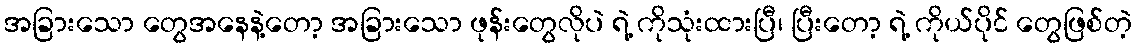
အခြားသော တွေအနေနဲ့တော့ အခြားသော ဖုန်းတွေလိုပဲ ရဲ့ ကိုသုံးထားပြီ၊ ပြီးတော့ ရဲ့ ကိုယ်ပိုင် တွေဖြစ်တဲ့